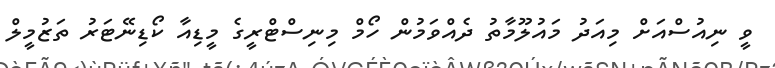
ވީ ނިއުސްއަށް މިއަދު މައުލޫމާތު ދެއްވަމުން ހޯމް މިނިސްޓްރީގެ މީޑިއާ ކޯޑިނޭޓަރު ތަޒުމީލް